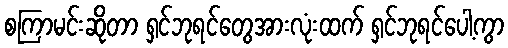
စကြာမင်းဆိုတာ ရှင်ဘုရင်တွေအားလုံးထက် ရှင်ဘုရင်ပေါ့ကွာ